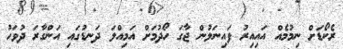
ރެކޯޑަށް ނިމުމެއް އައިއިރު ފައިނަލުން ޖާގަ ހޯދުމަށް އަމިއްލަ ދަނޑުގައި އަންގާރަ ދުވަހު